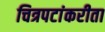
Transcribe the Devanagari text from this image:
चित्रपटांकरीता